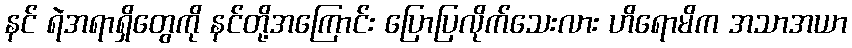
နင် ရဲအရာရှိတွေကို နင်တို့အကြောင်း ပြောပြလိုက်သေးလား ဟိရောမိက အသာအယာ